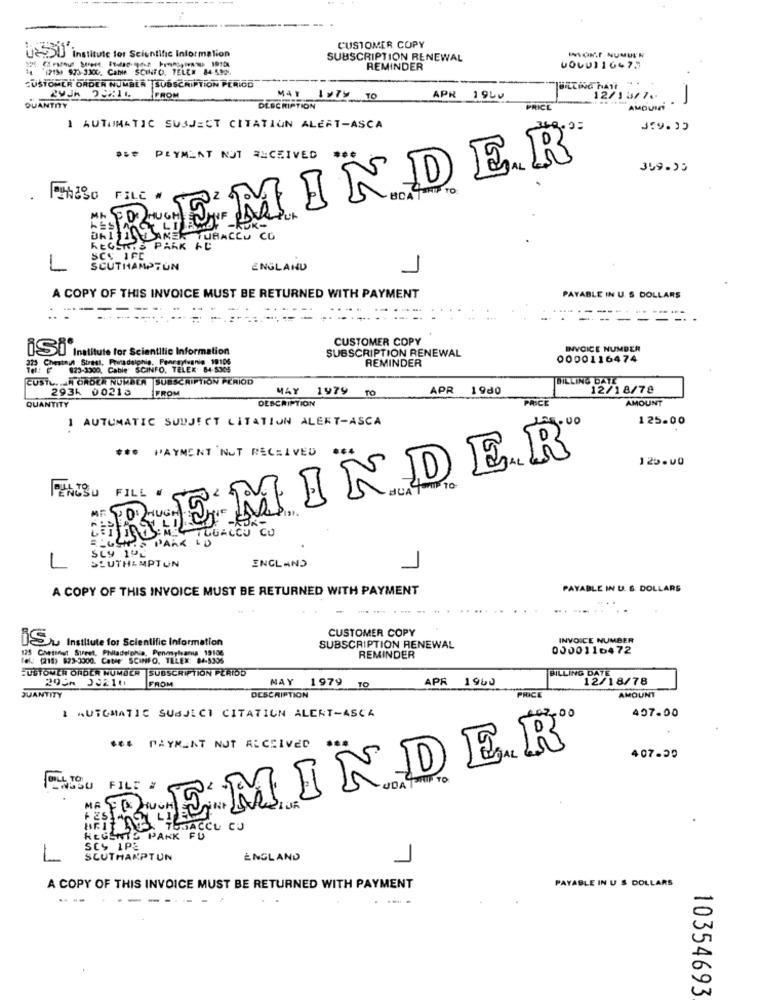
CUSTOMER COPY
Ue551 institute for Scientific Information
SUBSCRIPTION RENEWAL
HVOR NUMUN
"1215) 973-3300. CaMe SCINFO. TELE# 84.5005.
REMINDER
UOUD116477
CUSTOMER ORDER NUMBLA SUBSCRIPTION PERIOD
FROM
107Y TO
APR 19LV
12/13/7.
QUANTITY
DESCRIPTION
PRICE
AMOUNT
I AUTOMATIC SUBJECT CITATION ALEFT-ASCA
REMINDER
*** PLYMLAT NUT RECEIVED ***
359.95
FILE #
UHACCU CO
REG
De PARK AC
SCS IFC
1
SOUTHAMPTON
ENGLAND
A COPY OF THIS INVOICE MUST BE RETURNED WITH PAYMENT
PAYABLE IN U. S DOLLARS
.... .
-= = ===
CUSTOMER COPY
iSI Institute for Scientific Information
SUBSCRIPTION RENEWAL
INVOICE NUMBER
Pointadelphia, Pancaytvanie 10106
REMINDER
0000116474
: = 023-3900, Cable SCINFO, TELEK: 64- 5305
CUSTL ... ORDER NUMBER SUBSCRIPTION PERIOD
WILLING DATE
2936 00213
FROM
MAY 1979 To
APR 1980
12/18/78
QUANTITY
DESCRIPTION
PRICE
AMOUNT
1 AUTOMATIC SUBJECT CITATION ALERT-ASCA
125.00
REMINDER
*** PAYMENT NUT RECEIVED .4
125.00
PENOSO FILL #
TUGALEU CO
AS PARK LD
SLY 19L
SLUTHAMPTON
ENGLAND
A COPY OF THIS INVOICE MUST BE RETURNED WITH PAYMENT
PAYABLE IN U. S. DOLLARS
CUSTOMER COPY
iSU Institute for Scientific Information
INVOICE NUMBER
125 Cheting Surret, Philadelphia, Penmyhansa 19106
SUBSCRIPTION RENEWAL
0000116472
fel: (218; 823-3000. Cable SCINFO, TELEX: 84-5305
REMINDER
CUSTOMER ORDER NUMBER SUBSCRIPTION PERIOD
BILLING DATE
FROM
APR 1960
12/18/78
MAY 1979 TO
PRICE
QUANTITY
DESCRIPTION
AMOUNT
407.00
1 AUTOMATIC SUBJECT CITATIUN ALERT-ASCA
*** PAYMENT NOT RECEIVED
REMINDER
407.50
BILL TO
MA
REGENTS PARK ACCU CJ
-
SCS 1PS
SCUTHANPTUN
ENGLAND
PAYABLE IN U S DOLLARS
A COPY OF THIS INVOICE MUST BE RETURNED WITH PAYMENT
---
10354693